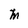
Character: M